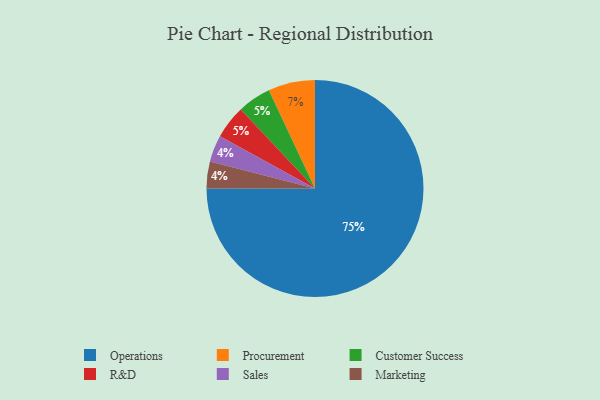
{"axis": {"x": "Category", "y": "Percentage"}, "legend": ["Customer Success", "Marketing", "Operations", "Procurement", "R&D", "Sales"], "data": [{"x": "Customer Success", "y": 5, "type": "Customer Success"}, {"x": "Operations", "y": 75, "type": "Operations"}, {"x": "Sales", "y": 4, "type": "Sales"}, {"x": "Marketing", "y": 4, "type": "Marketing"}, {"x": "R&D", "y": 5, "type": "R&D"}, {"x": "Procurement", "y": 7, "type": "Procurement"}]}